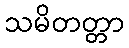
သမိတတ္တာ